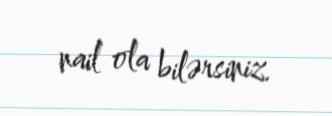
nail ola bilərsiniz.